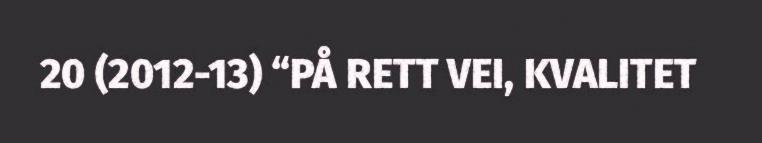
20 (2012-13) “PÅ RETT VEI, KVALITET